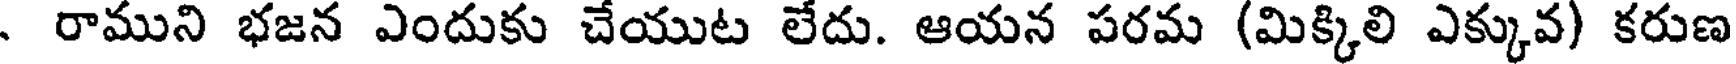
. రాముని భజన ఎందుకు చేయుట లేదు. ఆయన పరమ (మిక్కిలి ఎక్కువ) కరుణ